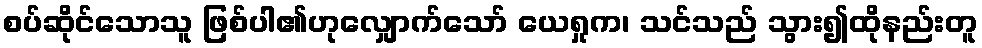
စပ်ဆိုင်သောသူ ဖြစ်ပါ၏ဟုလျှောက်သော် ယေရှုက၊ သင်သည် သွား၍ထိုနည်းတူ